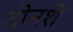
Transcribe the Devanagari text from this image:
दोनशें